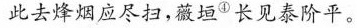
此去烽烟应尽扫，薇垣^{④}长见泰阶平。